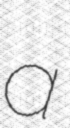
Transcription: a